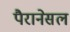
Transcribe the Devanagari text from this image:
पैरानेसल